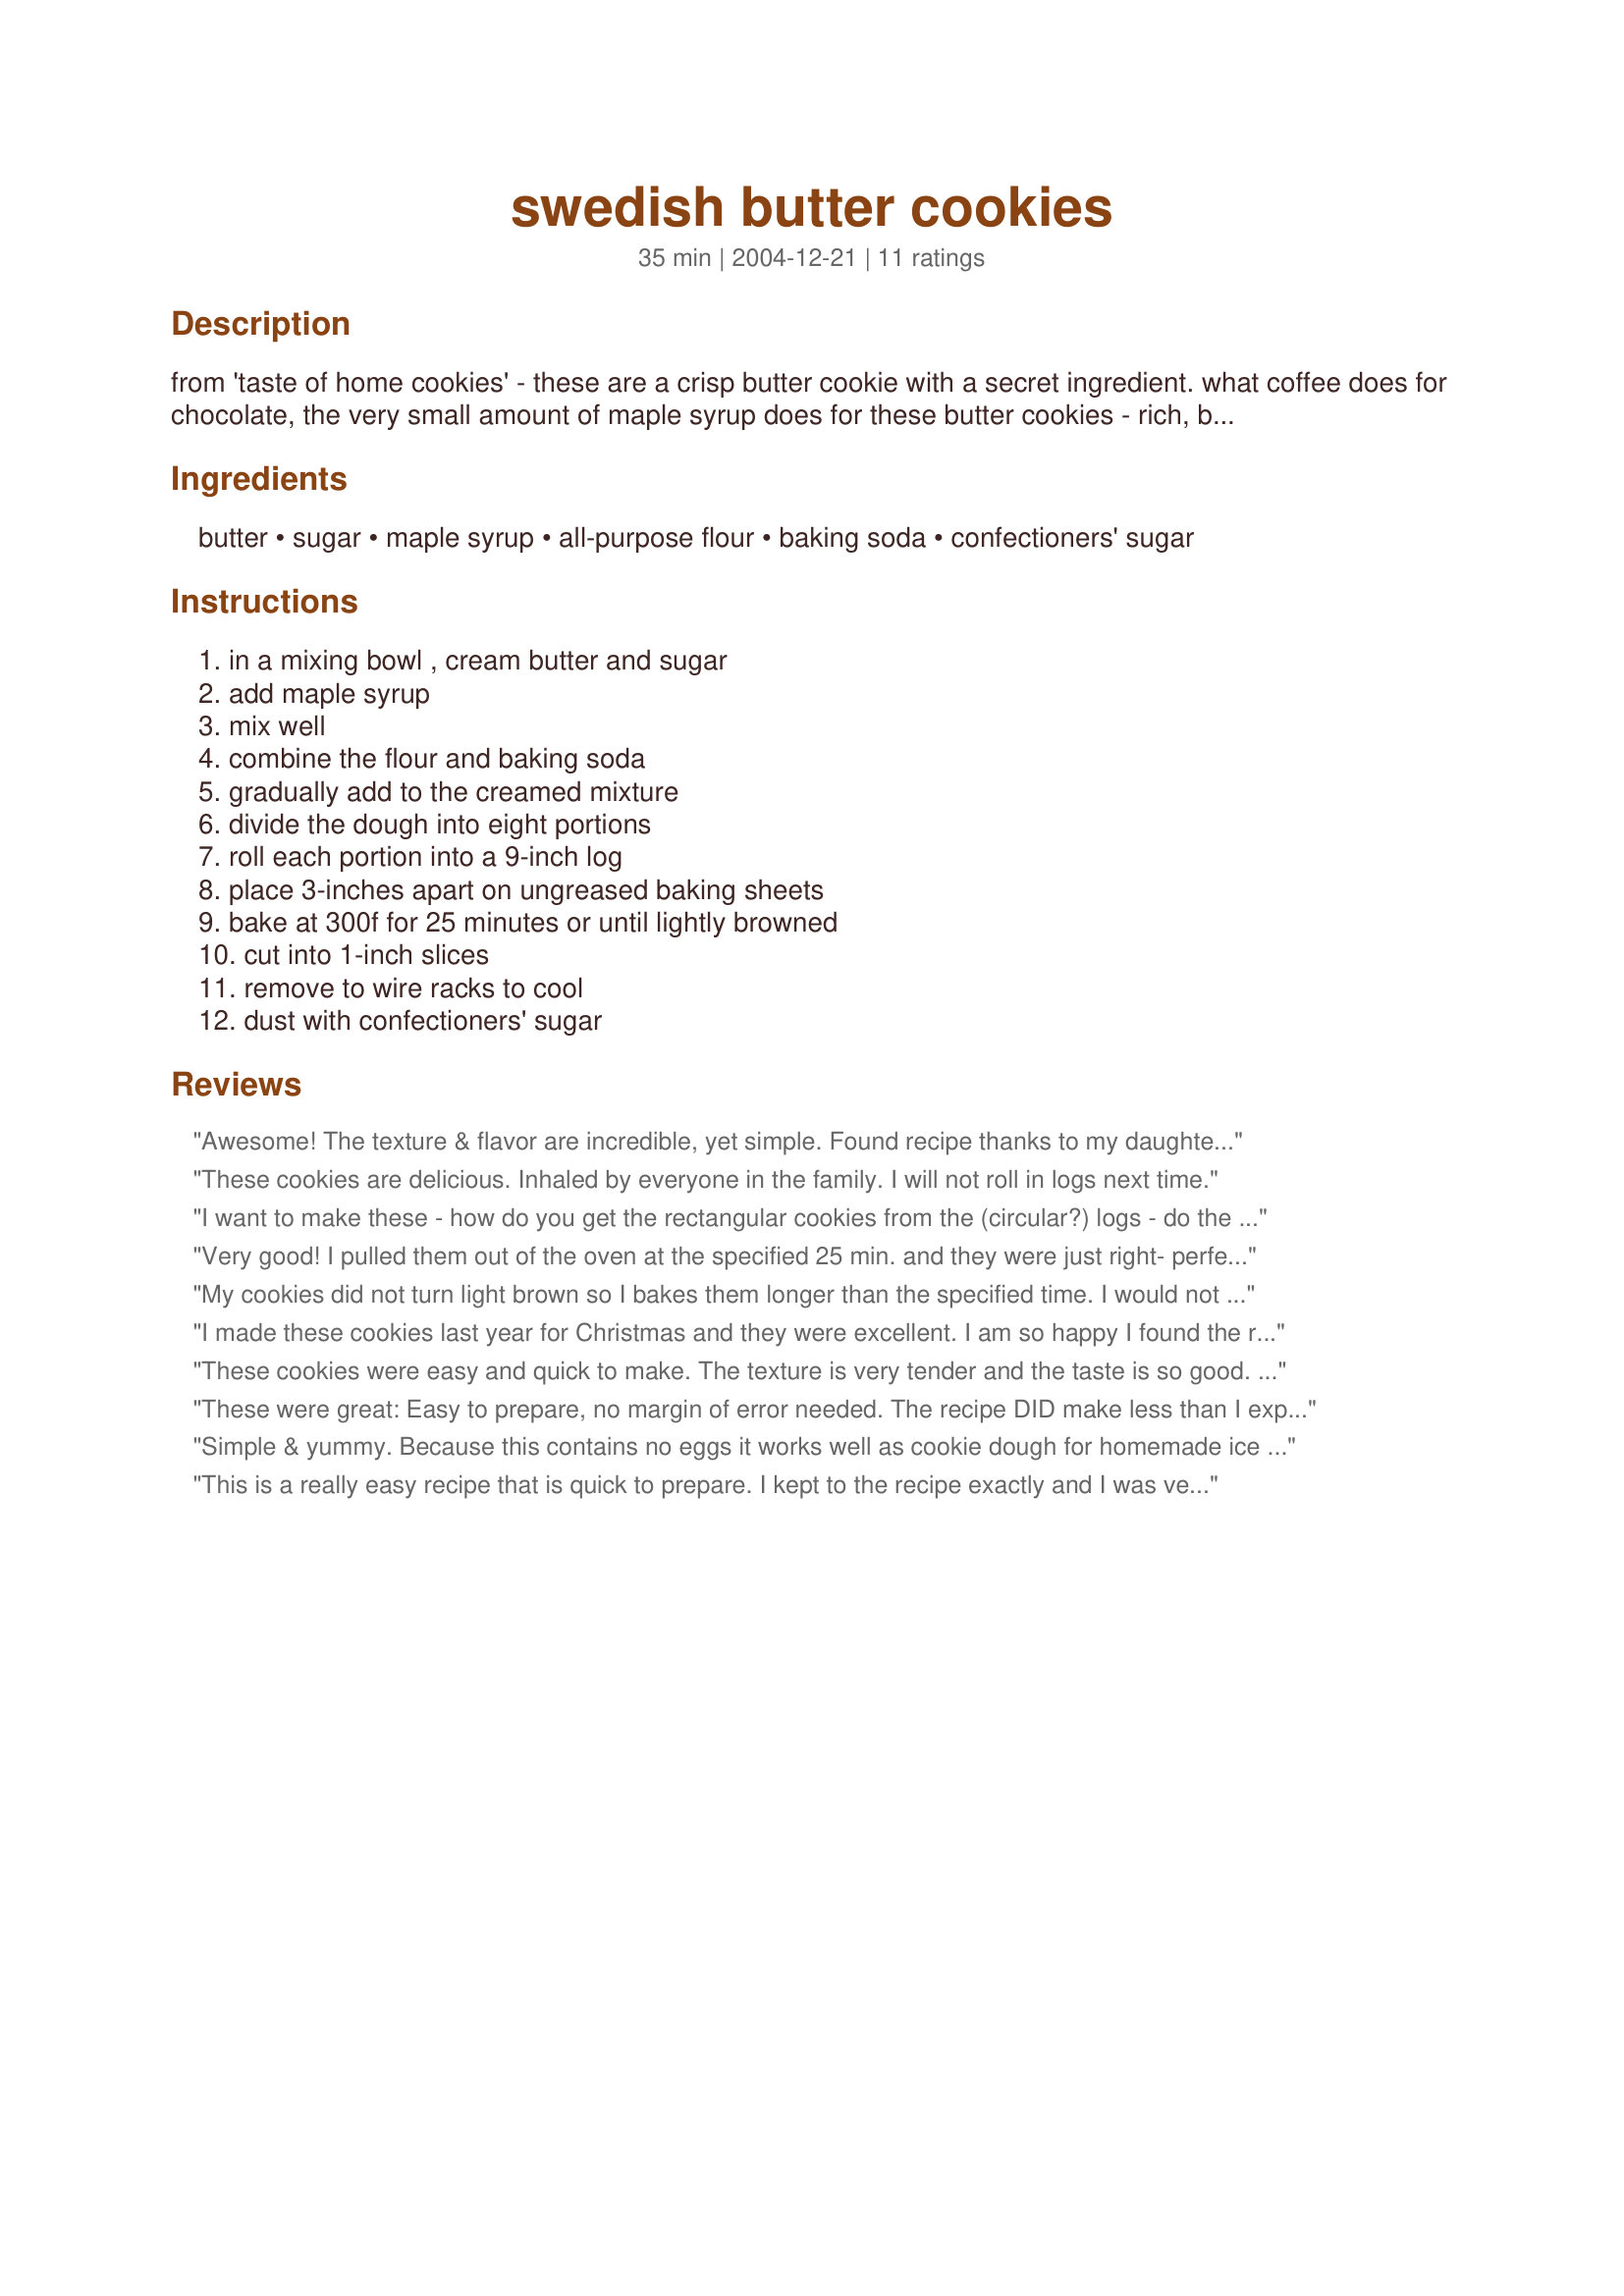
swedish butter cookies
Preparation time: 35 minutes

from 'taste of home cookies' - these are a crisp butter cookie with a secret ingredient. what coffee does for chocolate, the very small amount of maple syrup does for these butter cookies - rich, buttery, mmmmm! the dough rolls into logs and i cut with a pizza cutter for quick production.

Ingredients:
butter, sugar, maple syrup, all-purpose flour, baking soda, confectioners' sugar

Steps:
in a mixing bowl , cream butter and sugar, add maple syrup, mix well, combine the flour and baking soda, gradually add to the creamed mixture, divide the dough into eight portions, roll each portion into a 9-inch log, place 3-inches apart on ungreased baking sheets, bake at 300f for 25 minutes or until lightly browned, cut into 1-inch slices, remove to wire racks to cool, dust with confectioners' sugar

Reviews:
Awesome! The texture & flavor are incredible, yet simple. Found recipe thanks to my daughter needing a dish from our culture and she wanted cookies. YUMMMMM! :) llt
These cookies are delicious. Inhaled by everyone in the family. I will not roll in logs next time.
I want to make these - how do you get the rectangular cookies from the (circular?) logs - do the cookies flatten out on their own?
Very good! I pulled them out of the oven at the specified 25 min. and they were just right- perfectly crunchy. Most of them are gone now- my dad and brother seem to like them too ;-D
My cookies did not turn light brown so I bakes them longer than the specified time. I would not recommend a longer baking time, as they get TOO crunchy.
An excellent recipe. It will definitely be on my Christmas tray this year.
I made these cookies last year for Christmas and they were excellent. I am so happy I found the recipe again. These are excellent cookies and will not last long on any holiday cookie tray. Tastes just like our lost old family recipe. Thanks
These cookies were easy and quick to make. The texture is very tender and the taste is so good. The addition of the maple syrup was a surprise. Took a little longer to brown, but that may be the fault of my oven. I'll make them often!
These were great: Easy to prepare, no margin of error needed. The recipe DID make less than I expected, but that could be because I dropped them rather than using the tube method. They also took a really long time to cook, so I'm only giving them a four. Taste-wise, though, they were certainly a five.
Simple & yummy.
Because this contains no eggs it works well as cookie dough for homemade ice cream (add mini-chocolate morsels, spread out, freeze, slice into cubes, add to ice cream while still soft).
This is a really easy recipe that is quick to prepare. I kept to the recipe exactly and I was very happy with the result.
Delicious! My family loved these cookies. They are simple to make and even easier to eat!
